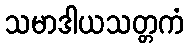
သမာဒါယသတ္တကံ